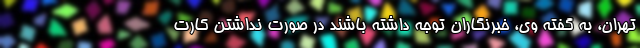
تهران، به گفته وی، خبرنگاران توجه داشته باشند در صورت نداشتن کارت